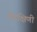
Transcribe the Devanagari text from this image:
मेंदक्षिणी